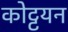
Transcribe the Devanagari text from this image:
कोट्टयन